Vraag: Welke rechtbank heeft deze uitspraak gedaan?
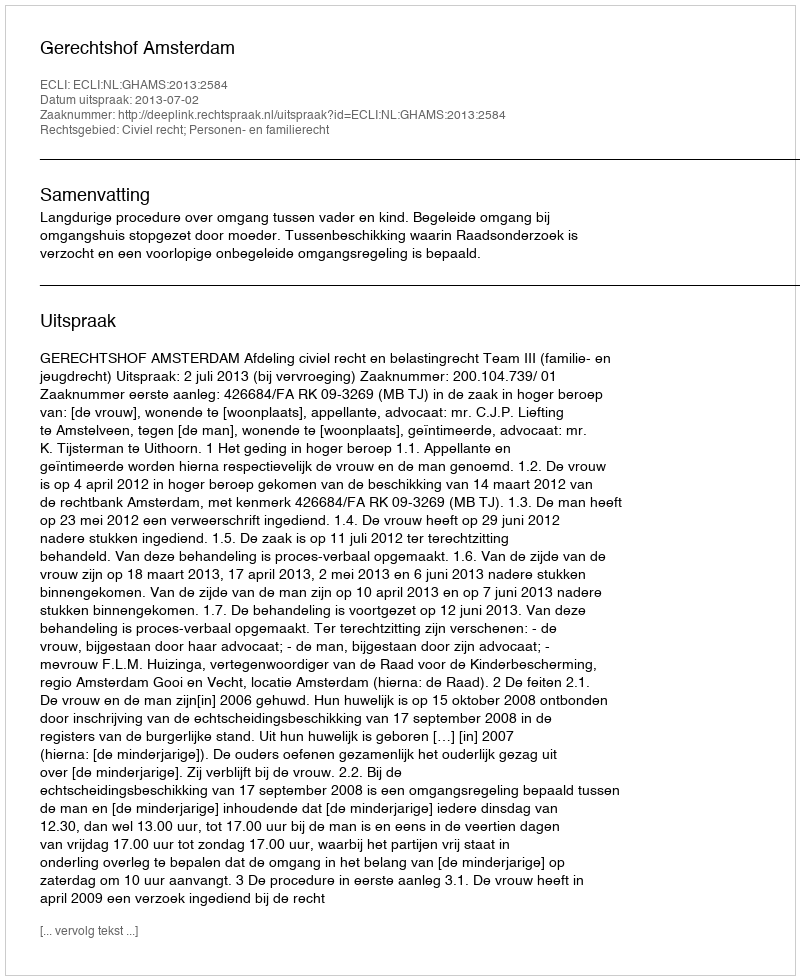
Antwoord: Gerechtshof Amsterdam